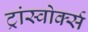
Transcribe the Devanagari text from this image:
ट्रांस्वोर्क्स